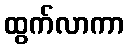
ထွက်လာကာ